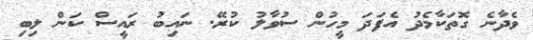
ވެދާނެ ގޮތަކާމެދު އެފަދަ މީހުން ސުވާލު ކުރޭ. ނައިބު ރައީސް ކަން ލިބި